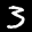
Label: 3